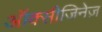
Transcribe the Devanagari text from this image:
ऑक्सीजिनेज़